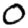
Digit: 0